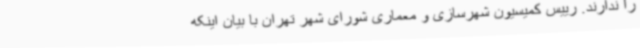
را ندارند. رییس کمیسیون شهرسازی و معماری شورای شهر تهران با بیان اینکه